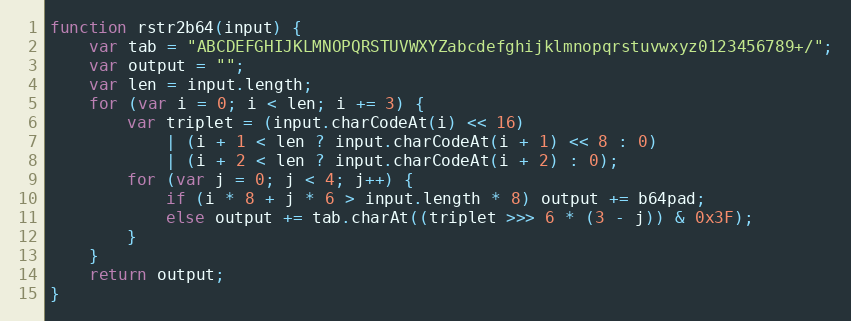
Language: JavaScript
function rstr2b64(input) {
    var tab = "ABCDEFGHIJKLMNOPQRSTUVWXYZabcdefghijklmnopqrstuvwxyz0123456789+/";
    var output = "";
    var len = input.length;
    for (var i = 0; i < len; i += 3) {
        var triplet = (input.charCodeAt(i) << 16)
            | (i + 1 < len ? input.charCodeAt(i + 1) << 8 : 0)
            | (i + 2 < len ? input.charCodeAt(i + 2) : 0);
        for (var j = 0; j < 4; j++) {
            if (i * 8 + j * 6 > input.length * 8) output += b64pad;
            else output += tab.charAt((triplet >>> 6 * (3 - j)) & 0x3F);
        }
    }
    return output;
}